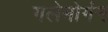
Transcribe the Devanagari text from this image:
गलेमोर्गन